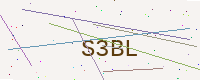
Text: S3BL